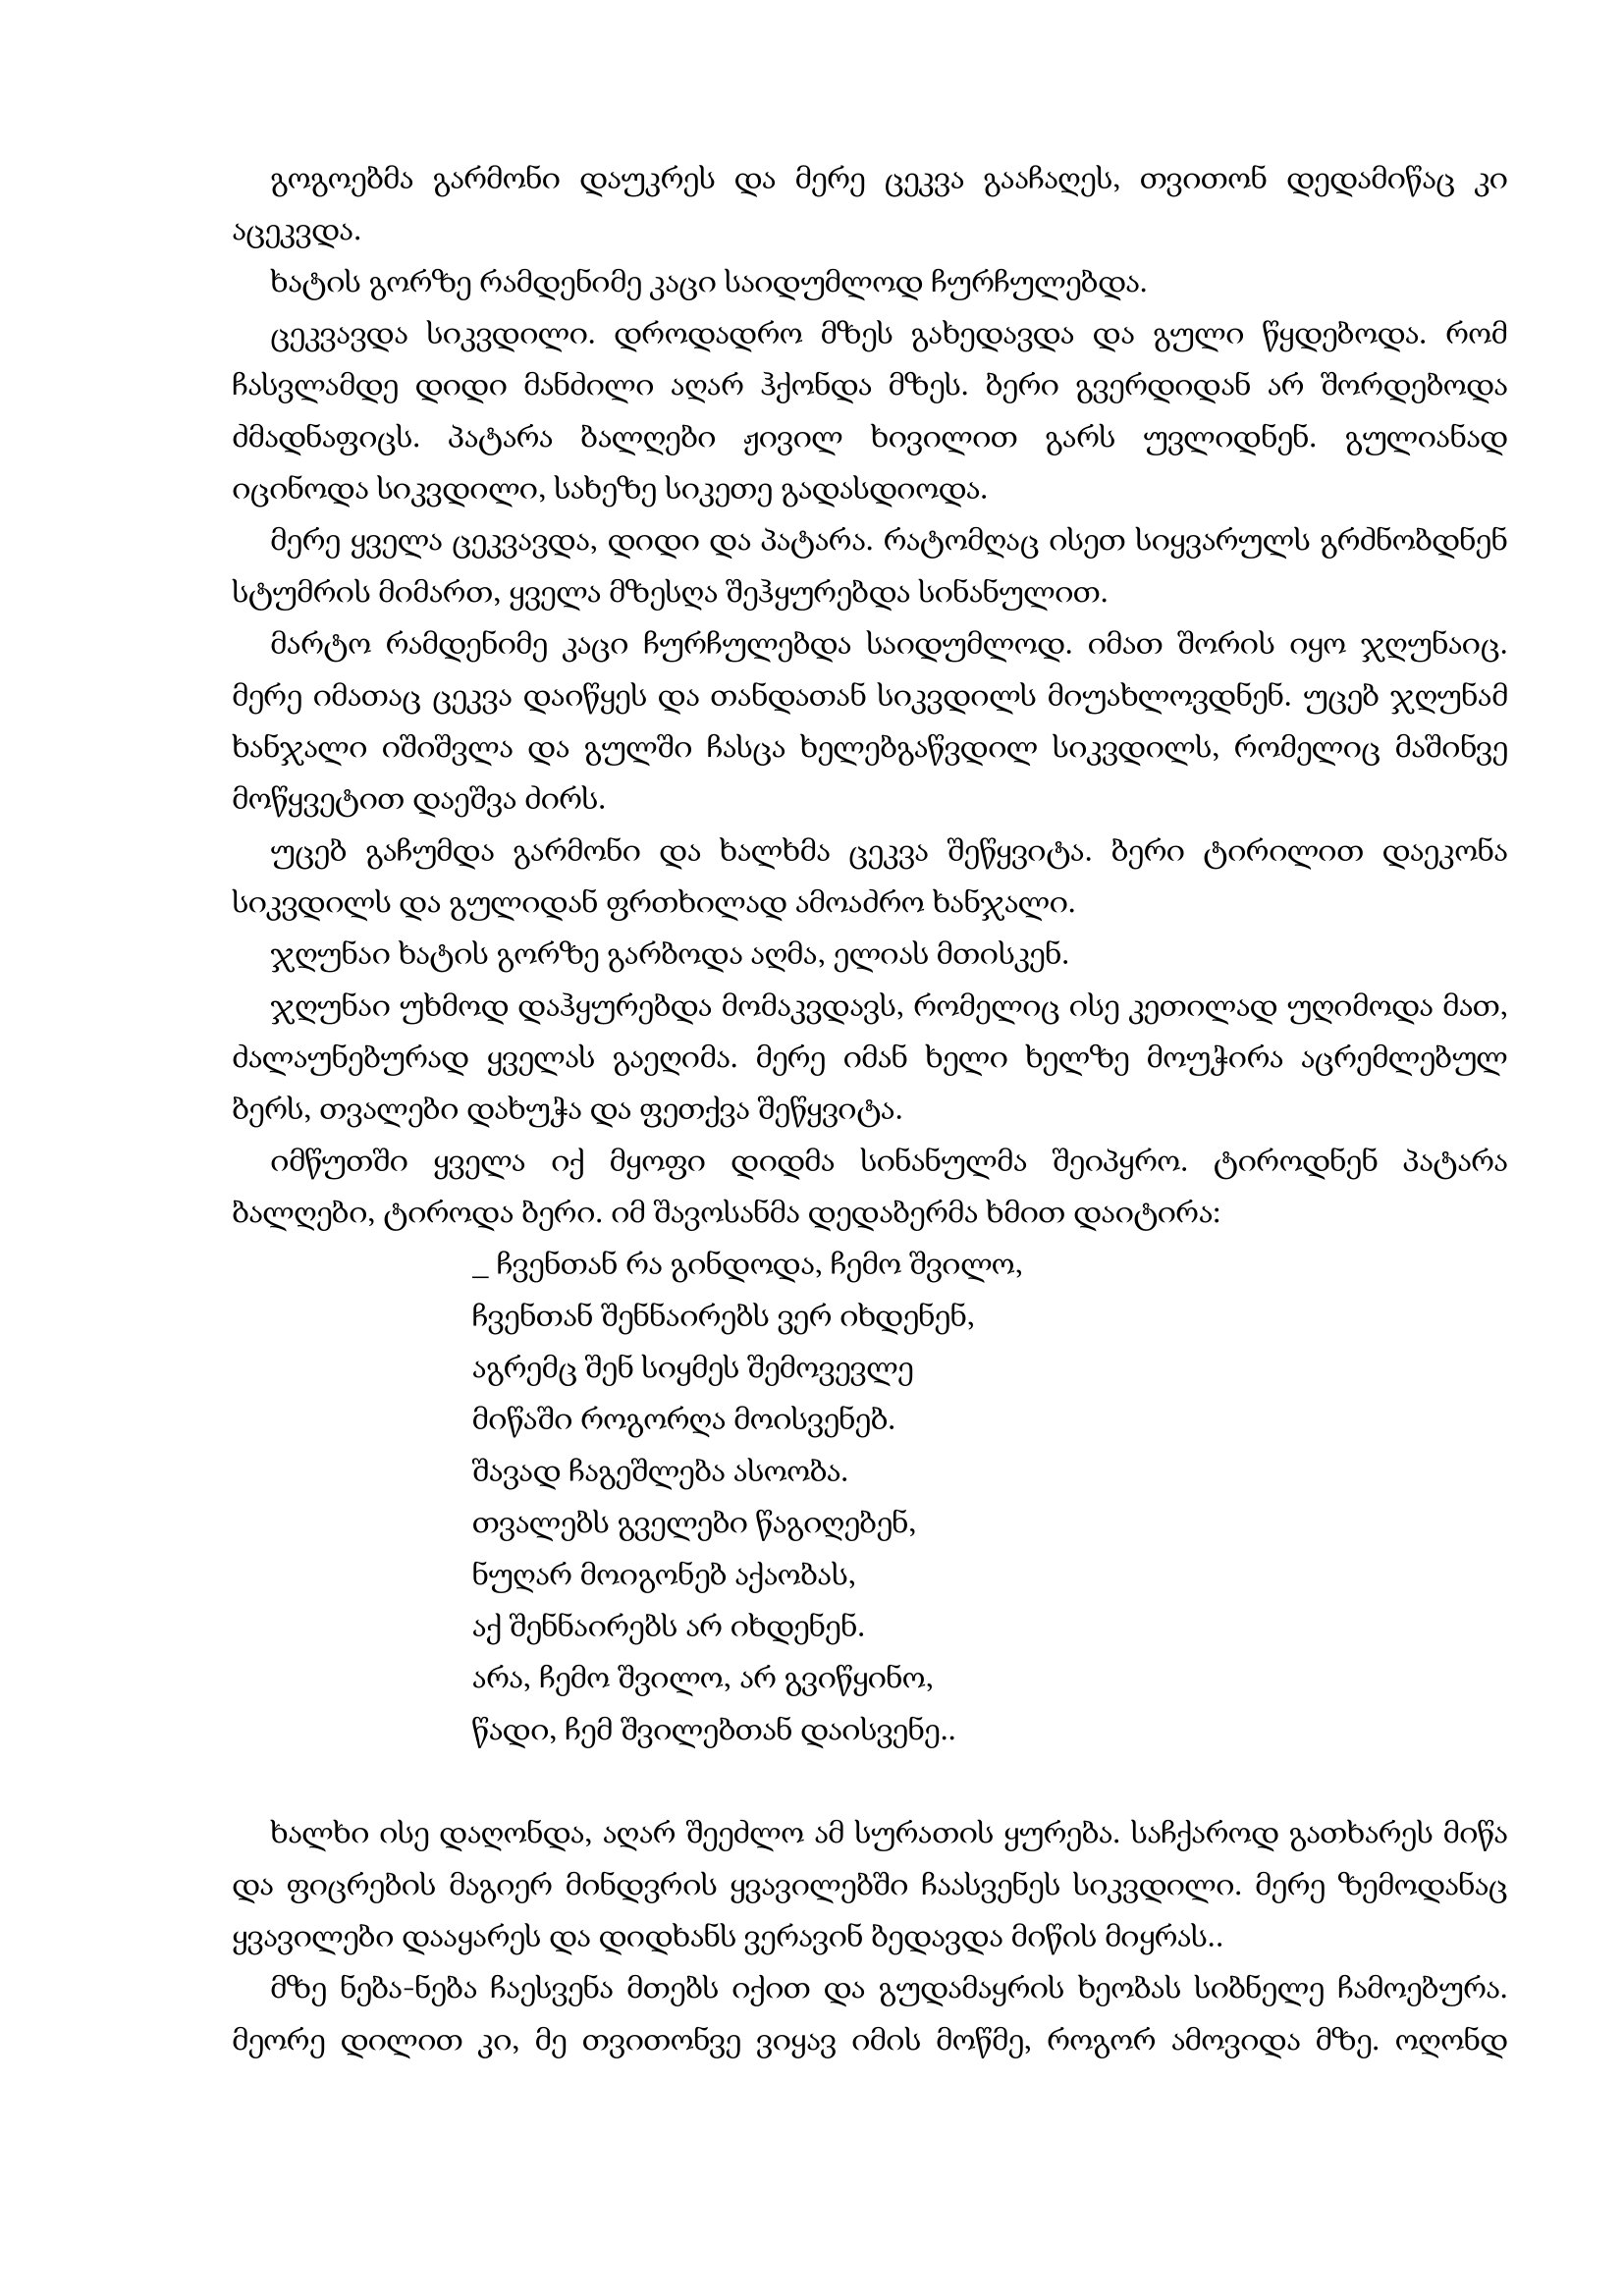
Language: gr